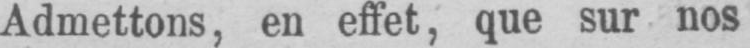
Admettons, en effet, que sur nos